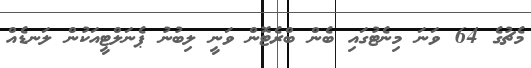
މެޗުގެ 64 ވަނަ މިނެޓުގައި ބެން ބްރެޓޮން ވަނީ ލިބުނު ޕެނަލްޓީއަކުން ލަނޑެއް